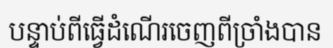
បន្ទាប់ពីធ្វើដំណើរចេញពីច្រាំងបាន